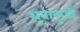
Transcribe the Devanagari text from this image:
थुवाकुड़ी